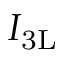
\, I _ { \mathrm { { 3 L } } }